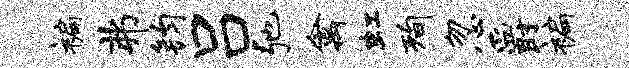
褊弗钧吕弛禽虹洵忽爵褊